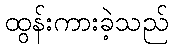
ထွန်းကားခဲ့သည်